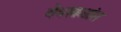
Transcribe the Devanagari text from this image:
वेधशाळांस